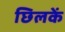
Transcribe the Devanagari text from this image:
छिलकें